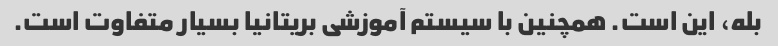
بله، این است. همچنین با سیستم آموزشی بریتانیا بسیار متفاوت است.